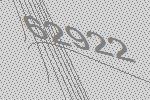
62922